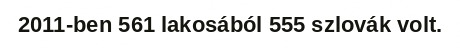
2011-ben 561 lakosából 555 szlovák volt.